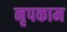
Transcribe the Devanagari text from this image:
नृपकाम